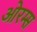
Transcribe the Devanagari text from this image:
ओरम्स